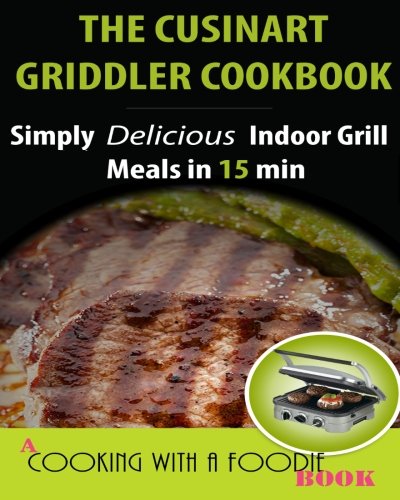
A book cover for The Cuisinart Griddler Cookbook: Simply Delicious Indoor Grill Meals in 15 Min (Full Color) (Indoor Grill Recipes ) (Volume 1); Cooking With a Foodie; Cookbooks, Food & Wine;